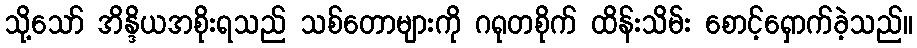
သို့သော် အိန္ဒိယအစိုးရသည် သစ်တောများကို ဂရုတစိုက် ထိန်းသိမ်း စောင့်ရှောက်ခဲ့သည်။